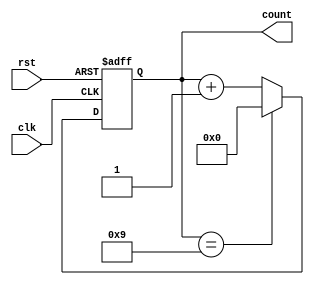
module modulus_counter #(
    parameter N = 10  // Modulus value (should be greater than 0)
)(
    input wire clk,    // Clock input
    input wire rst,    // Asynchronous reset (active high)
    output reg [N-1:0] count // N-bit wide output for the current count
);

// Ensure that the modulus value is greater than 0
initial begin
    if (N <= 0) begin
        $error("Modulus value N must be greater than 0.");
        $finish;
    end
end

// Counter logic
always @(posedge clk or posedge rst) begin
    if (rst) begin
        count <= 0; // Reset the counter to 0
    end else begin
        if (count == (N - 1)) begin
            count <= 0; // Reset to 0 when reaching modulus value
        end else begin
            count <= count + 1; // Increment the counter
        end
    end
end

endmodule